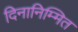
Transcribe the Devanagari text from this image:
दिनानिम्मित